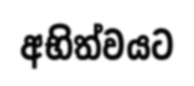
අභිත්වයට